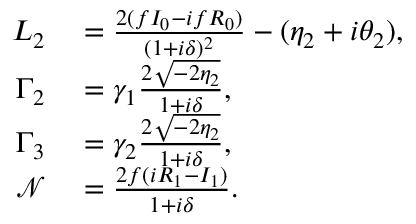
\begin{array} { r l } { L _ { 2 } } & { { } = \frac { 2 ( f I _ { 0 } - i f R _ { 0 } ) } { ( 1 + i \delta ) ^ { 2 } } - ( \eta _ { 2 } + i \theta _ { 2 } ) , } \\ { \Gamma _ { 2 } } & { { } = \gamma _ { 1 } \frac { 2 \sqrt { - 2 \eta _ { 2 } } } { 1 + i \delta } , } \\ { \Gamma _ { 3 } } & { { } = \gamma _ { 2 } \frac { 2 \sqrt { - 2 \eta _ { 2 } } } { 1 + i \delta } , } \\ { \mathcal { N } } & { { } = \frac { 2 f ( i R _ { 1 } - I _ { 1 } ) } { 1 + i \delta } . } \end{array}